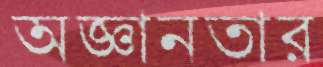
অজ্ঞানতার